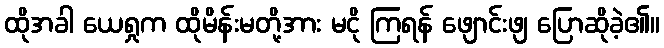
ထိုအခါ ယေရှုက ထိုမိန်းမတို့အား မငို ကြရန် ဖျောင်းဖျ ပြောဆိုခဲ့၏။